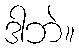
ဒါဘဲ။